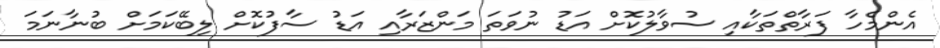
އެންމެހާ ފަރާތްތަކާއި ސުވާލުކޮށް އަޑު ނުވަތަ މަންޒަރާއި އަޑު ސާފުކޮށް ލިބޭކަމަށް ބުނާނަމަ